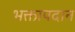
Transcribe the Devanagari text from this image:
भक्तापदान